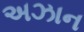
અઝાન